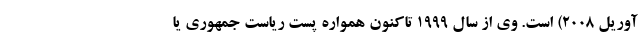
آوریل ۲۰۰۸) است. وی از سال ۱۹۹۹ تاکنون همواره پست ریاست‌ جمهوری یا